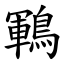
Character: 鶤